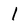
Character: 1